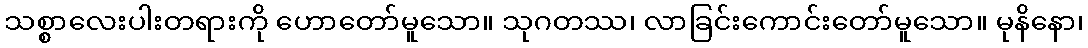
သစ္စာလေးပါးတရားကို ဟောတော်မူသော။ သုဂတဿ၊ လာခြင်းကောင်းတော်မူသော။ မုနိနော၊